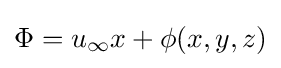
\Phi =u_{\infty }x+\phi (x,y,z)